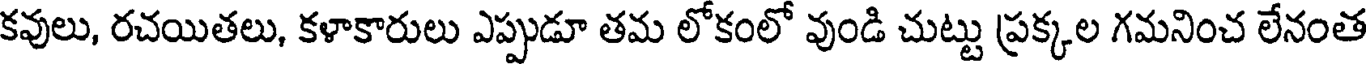
కవులు, రచయితలు, కళాకారులు ఎప్పుడూ తమ లోకంలో వుండి చుట్టు ప్రక్కల గమనించ లేనంత